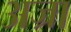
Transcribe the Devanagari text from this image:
अज्रा